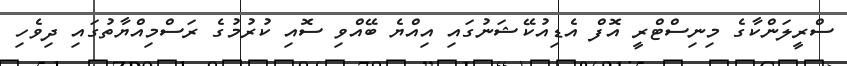
ސްރީލަންކާގެ މިނިސްޓްރީ އޮފް އެޑިއުކޭޝަނުގައި އިއްޔެ ބޭއްވި ސޮއި ކުރުމުގެ ރަސްމިއްޔާތުގައި ދިވެހި